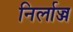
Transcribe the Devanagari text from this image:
निर्लाज्ज